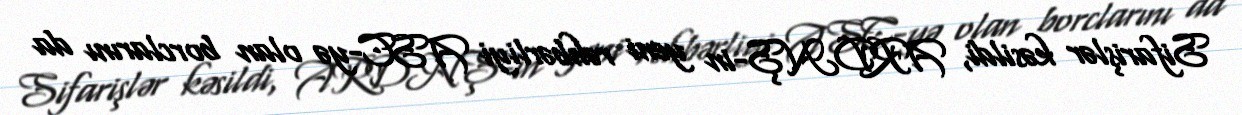
Sifarişlər kəsildi, ARDNŞ-in yeni rəhbərliyi ASC-yə olan borclarını da